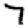
Digit: 7